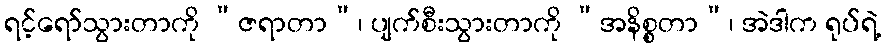
ရင့်ရော်သွားတာကို “ဇရာတာ”၊ ပျက်စီးသွားတာကို “အနိစ္စတာ”၊ အဲဒါက ရုပ်ရဲ့